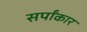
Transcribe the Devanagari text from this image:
सर्पांकार